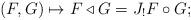
LaTeX: \begin{align*}(F,G) \mapsto F\triangleleft G = {J_!}F\circ G;\end{align*}